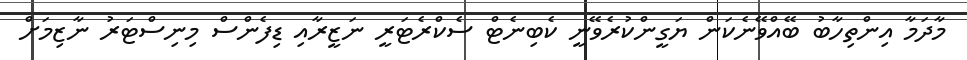
މާދަމާ އިންތިހާބު ބޭއްވޭނެކަން ޔަގީންކުރެވޭނީ ކެބިނެޓް ސެކްރެޓަރީ ނަޒީރާއި ޑިފެންސް މިނިސްޓަރު ނާޒިމަށް